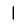
Digit: 1